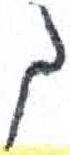
אות: ך